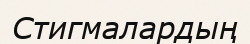
Стигмалардың